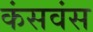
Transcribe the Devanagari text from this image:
कंसवंस